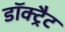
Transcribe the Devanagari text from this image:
डॉक्ट्रैट